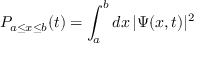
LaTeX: P _ { a \leq x \leq b } ( t ) = \int _ { a } ^ { b } d x \, | \Psi ( x , t ) | ^ { 2 }